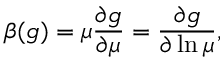
\beta ( g ) = \mu { \frac { \partial g } { \partial \mu } } = { \frac { \partial g } { \partial \ln \mu } } ,